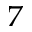
^ 7